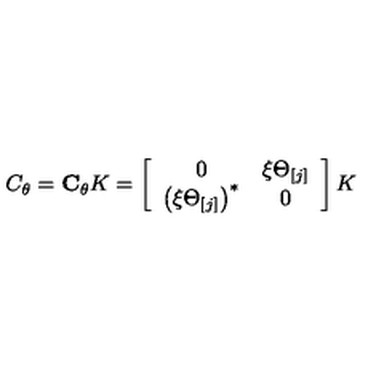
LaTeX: C _ { \theta } = { \bf C } _ { \theta } K = \left[ \begin{array} { c c } { 0 } & { \xi \Theta _ { [ j ] } } \\ { \left( \xi \Theta _ { [ j ] } \right) ^ { \ast } } & { 0 } \\ \end{array} \right] K